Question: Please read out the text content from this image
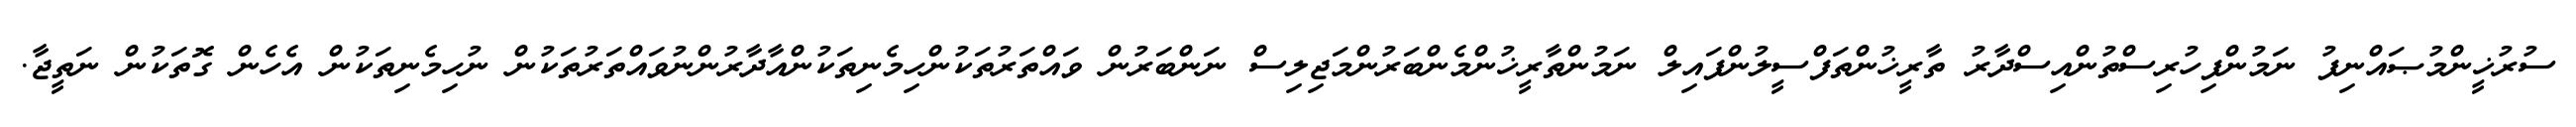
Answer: ސުރުޚީންމުޞައްނިފު ނަމުންފިހުރިސްތުންއިސްދާރު ތާރީޚުންތަފްސީލުންފައިލް ނަމުންތާރީޚުންމެންބަރުންމަޖިލިސް ނަންބަރުން ވައްތަރުތަކުންހިމެނިތަކުންއާދާރުންނުވައްތަރުތަކުން ނުހިމެނިތަކުން އެހެން ގޮތަކުން ނަތީޖާ.